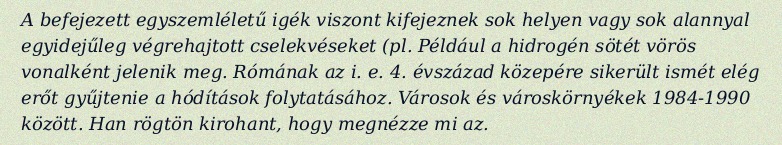
A befejezett egyszemléletű igék viszont kifejeznek sok helyen vagy sok alannyal egyidejűleg végrehajtott cselekvéseket (pl. Például a hidrogén sötét vörös vonalként jelenik meg. Rómának az i. e. 4. évszázad közepére sikerült ismét elég erőt gyűjtenie a hódítások folytatásához. Városok és városkörnyékek 1984‑1990 között. Han rögtön kirohant, hogy megnézze mi az.